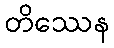
တိဿေန